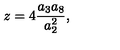
z = 4 \frac { a _ { 3 } a _ { 8 } } { a _ { 2 } ^ { 2 } } ,